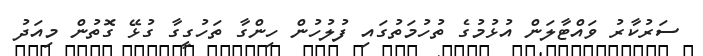
ސަރުކާރު ވައްޓާލަން އުޅުމުގެ ތުހުމަތުގައި ފުލުހުން ހިންގާ ތަހުގީގާ ގުޅޭ ގޮތުން މިއަދު